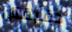
دقيقتان